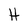
Character: H